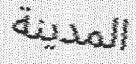
المدينة